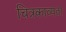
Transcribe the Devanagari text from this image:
चित्रकाव्यता